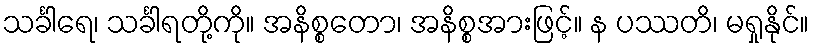
သင်္ခါရေ၊ သင်္ခါရတို့ကို။ အနိစ္စတော၊ အနိစ္စအားဖြင့်။ န ပဿတိ၊ မရှုနိုင်။